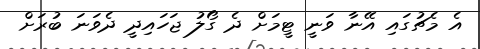
އެ މެޗުގައި އޭނާ ވަނީ ޓީމަށް ދެ ގޯލު ޖަހައިދީ ދެވަނަ ބުރަށް